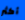
أكثر